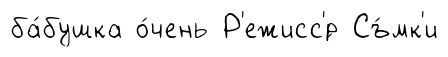
ба́бушка о́чень Р'ежисс'́р Съ́мк'и